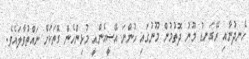
ހެނދުނާއި ރޭގަނޑު މޫނު ދޮތުމުން މޫނުގައި ހުންނަ އޭސީއެންއީ މުޅިންހެން ގޮތަކަށް ނައްތުވާލައެވެ.